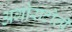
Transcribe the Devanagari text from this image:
अगोराटोली